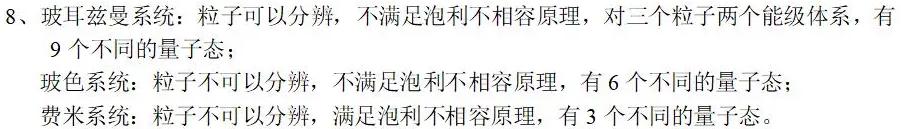
8、玻耳兹曼系统：粒子可以分辨，不满足泡利不相容原理，对三个粒子两个能级体系，有9个不同的量子态；
玻色系统：粒子不可以分辨，不满足泡利不相容原理，有6个不同的量子态；
费米系统：粒子不可以分辨，满足泡利不相容原理，有3个不同的量子态。